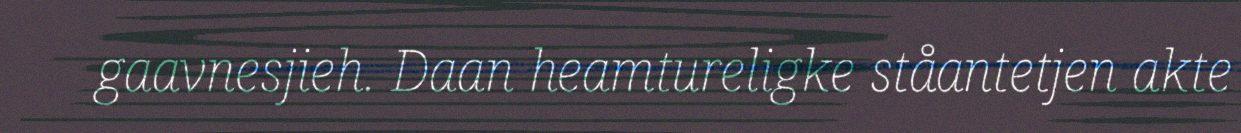
gaavnesjieh. Daan heamtureligke ståantetjen akte